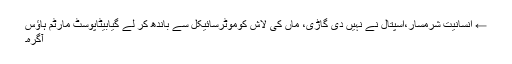
← انسانیت شرمسار،اسپتال نے نہیں دی گاڑی، ماں کی لاش کوموٹرسائیکل سے باندھ کر لے گیابیٹاپوسٹ مارٹم ہاؤس
آگرہ۔